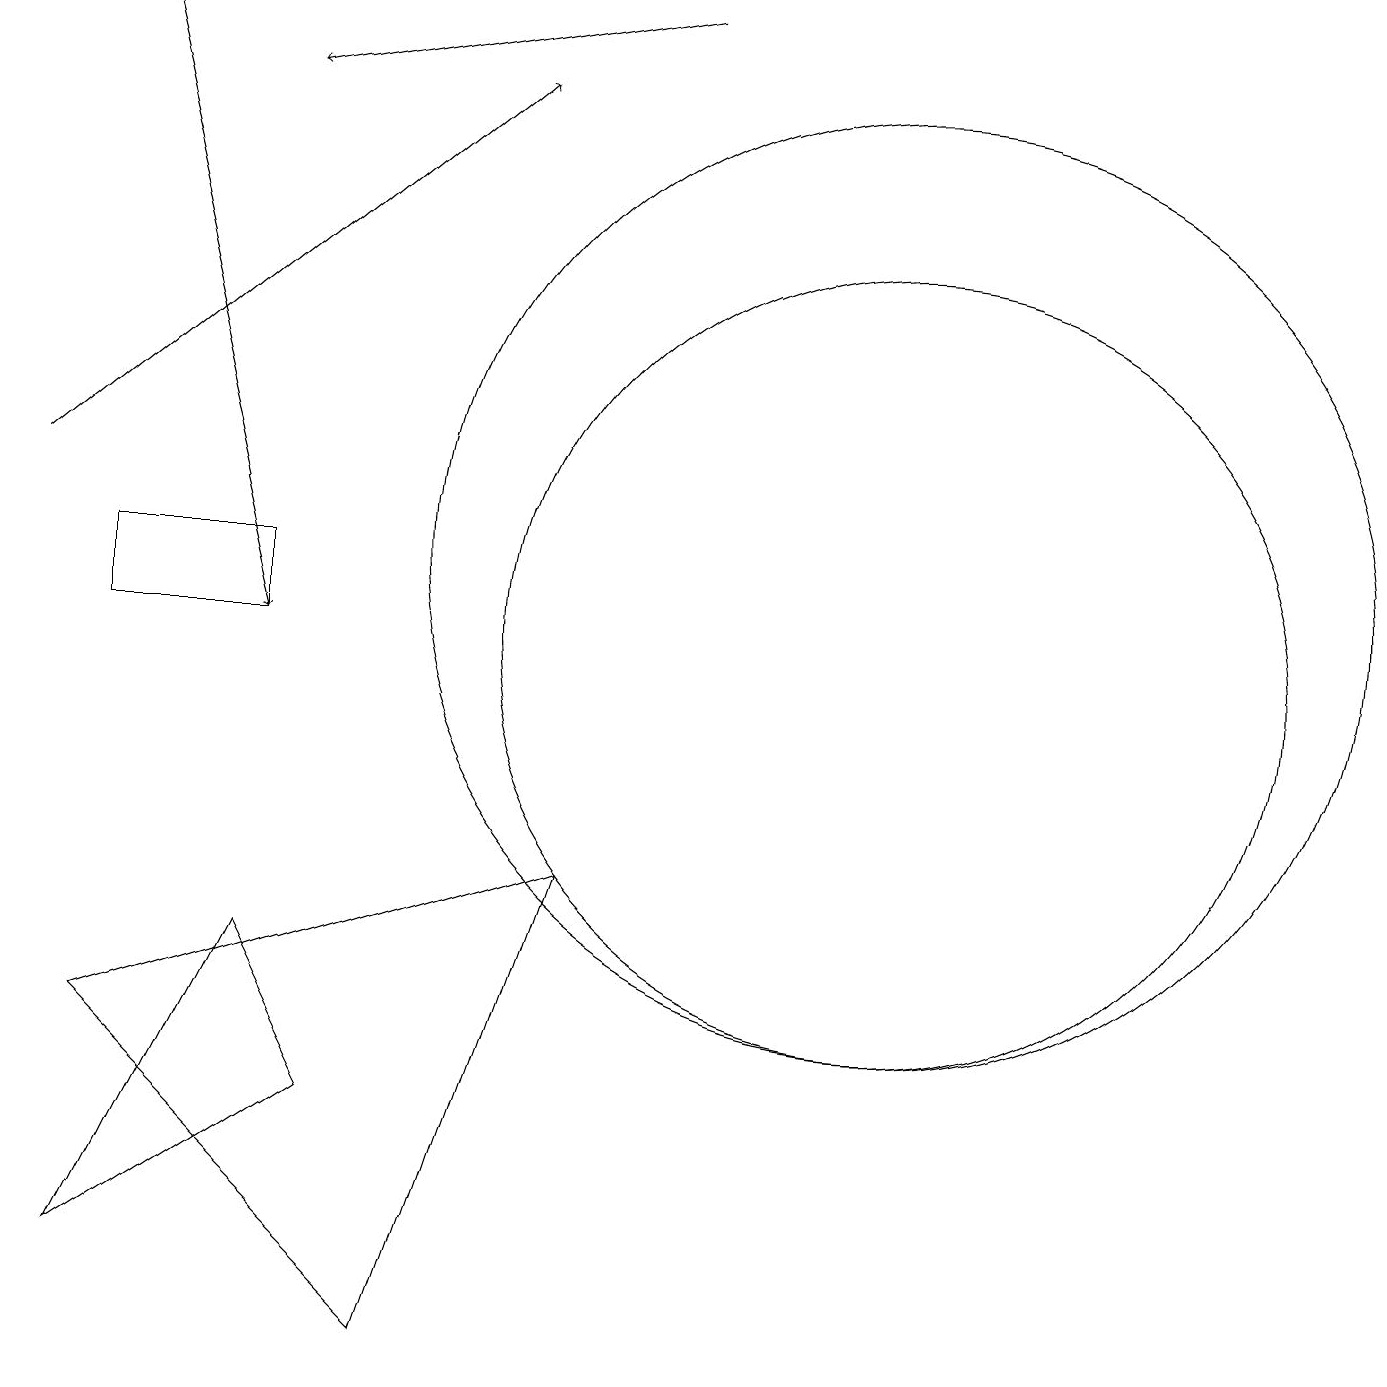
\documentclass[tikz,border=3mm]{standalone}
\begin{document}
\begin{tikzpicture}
\draw (11,10) circle (5);
\draw (5,1) -- (1,5) -- (7,7) -- cycle;
\draw (3,11) rectangle (1,10);
\draw[->] (0,12) -- (6,17);
\draw[->] (1,18) -- (3,10);
\draw[->] (8,18) -- (3,17);
\draw (4,4) -- (1,2) -- (3,6) -- cycle;
\draw (11,11) circle (6);
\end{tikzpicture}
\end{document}